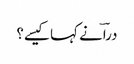
دراؔ نے کہا کیسے؟